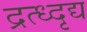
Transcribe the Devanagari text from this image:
द्रत्ध्दृद्य